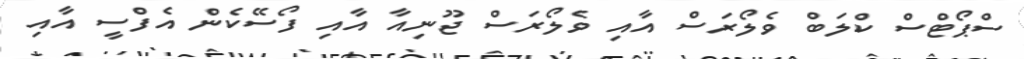
ސްޕޯޓްސް ކްލަބް ވެލޯރަސް އާއި ވެލޯރަސް ޖޫނިއާ އާއި ފޯސޭކެން އެފްސީ އާއި